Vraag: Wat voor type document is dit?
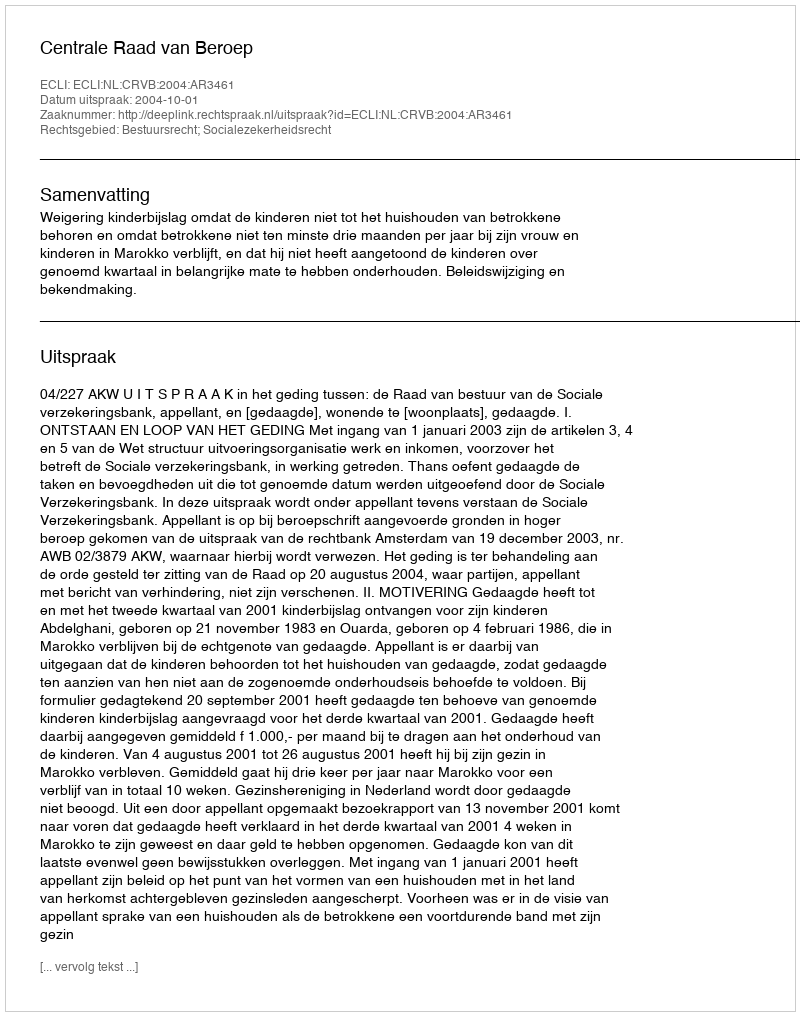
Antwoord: Uitspraak